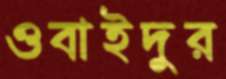
ওবাইদুর